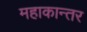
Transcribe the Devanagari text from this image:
महाकान्तर